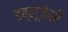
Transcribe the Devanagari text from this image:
डब्लूजेसी